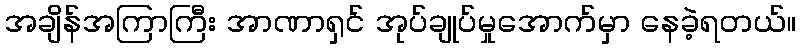
အချိန်အကြာကြီး အာဏာရှင် အုပ်ချုပ်မှုအောက်မှာ နေခဲ့ရတယ်။